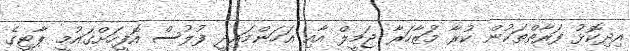
އިދިކޮޅު ފަރާތްތަކުން ކުރާ މުަޒާހަރާ ޖަމީލް އާއި އަހަންމައިދީ ފުލުސް އޮފީހަށްގައުމީ ޕާޓީގެ